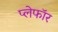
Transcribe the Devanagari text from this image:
प्लेफॉर